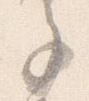
色